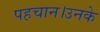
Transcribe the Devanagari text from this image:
पहचान।उनके